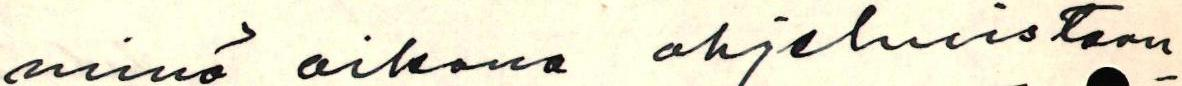
minä aikana ohjelmistoon-